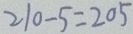
2 1 0 - 5 = 2 0 5